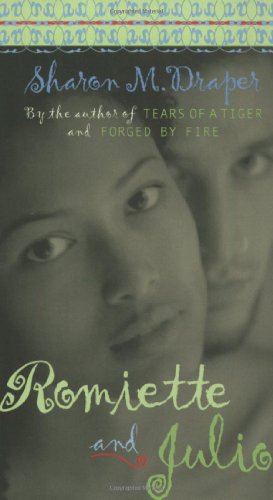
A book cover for Romiette and Julio; Sharon M. Draper; Teen & Young Adult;